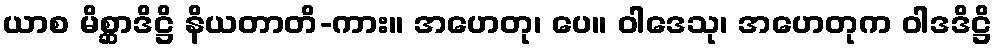
ယာစ မိစ္ဆာဒိဋ္ဌိ နိယတာတိ-ကား။ အဟေတု၊ ပေ။ ဝါဒေသု၊ အဟေတုက ဝါဒဒိဋ္ဌိ